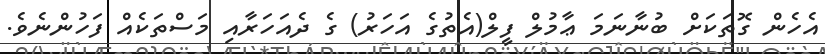
އެހެން ގޮތަކަށް ބުނާނަމަ ޢާމުލް ފީލް(އެތުގެ އަހަރު) ގެ ދެއަހަރާއި މަސްތަކެއް ފަހުންނެވެ.